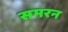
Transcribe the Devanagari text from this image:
समरन